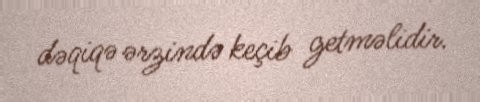
dəqiqə ərzində keçib getməlidir.